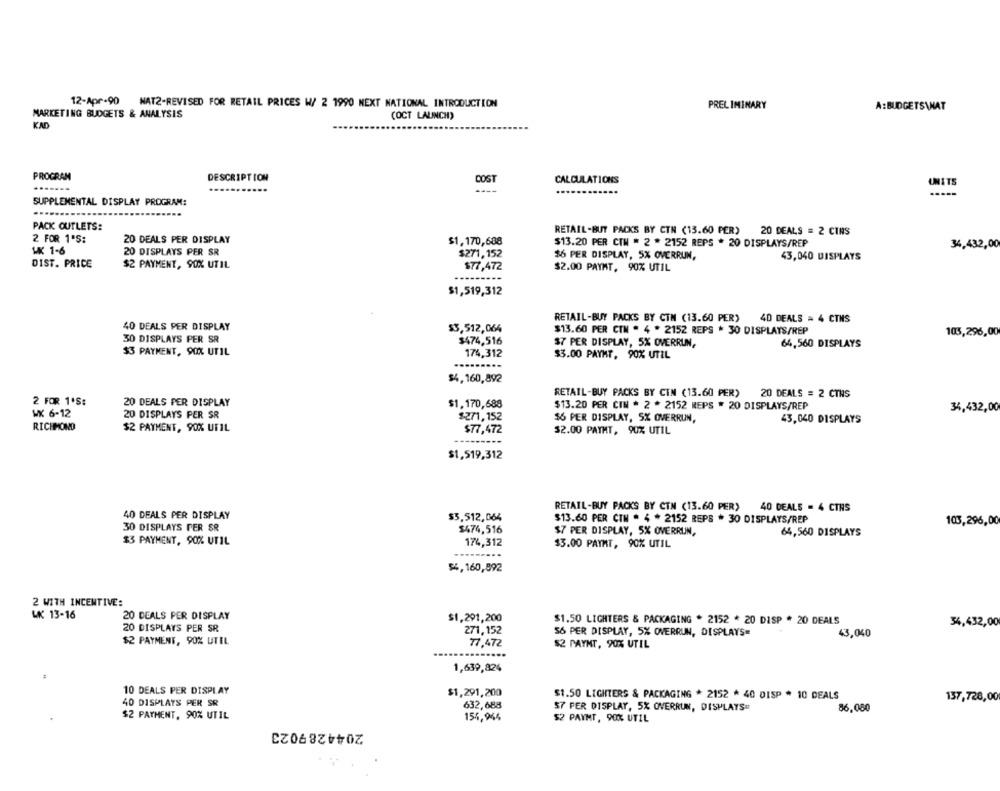
12-Apr-90 NAT2-REVISED FOR RETAIL PRICES W/ 2 1990 NEXT NATIONAL INTRODUCTION
PRELIMINARY
A:BUDGETS\NAT
MARKETING BUDGETS & ANALYSIS
(OCT LAUNCH)
KAD
PROGRAM
DESCRIPTION
COST
CALCULATIONS
UNITS
----
SUPPLEMENTAL DISPLAY PROGRAM:
PACK OUTLETS:
RETAIL-BUT PACKS BY CTN (13.60 PER) 20 DEALS = 2 CINS
2 FOR 1'S:
20 DEALS PER DISPLAY
$1,170,688
$13.20 PER CIN * 2 * 2152 REPS * 20 DISPLAYS/REP
34,432,00
WK 1-6
20 DISPLAYS PER SR
$271,152
$6 PER DISPLAY, 5% OVERRUN,
43,040 DISPLAYS
DIST. PRICE
$2 PAYMENT, 90% UTIL
$77,472
$2.00 PAYHT, 90% UTIL
$1,519,312
RETAIL-BUY PACKS BY CTN (13.60 PER)
40 DEALS = 4 CTMS
40 DEALS PER DISPLAY
$3,512,064
$13.60 PER CTN * 4 * 2152 REPS * 30 DISPLAYS/REP
103,296,00
30 DISPLAYS PER SR
$474,516
$7 PER DISPLAY, 5% OVERRUN,
64,560 DISPLAYS
$3 PAYMENT, 90% UTIL
174,312
$3.00 PAYHT, 90% UTIL
$4,160,892
RETAIL-BUY PACKS BY CIN (13.60 PER) 20 DEALS = 2 CTNS
2 FOR 1'S:
20 DEALS PER DISPLAY
$1,170,688
$13.20 PER CIN * 2 * 2152 REPS . 20 DISPLAYS/REP
34,432,00
WX 6-12
20 DISPLAYS PER SR
$271,152
$6 PER DISPLAY, SX OVERRUN,
43,040 DISPLAYS
RICHMOND
$2 PAYMENT, 90% UTIL
$77,472
$2.00 PAYHT, 90% UTIL
$1,519,312
RETAIL-BUY PACKS BY CTN (13.60 PER) 40 DEALS = 4 CTNS
40 DEALS PER DISPLAY
$5,512,064
$13.60 PER CIN * 4 * 2152 REPS * 30 DISPLAYS/REP
103,296,00
30 DISPLAYS PER SR
$474,516
$7 PER DISPLAY, 5% OVERRUN,
64,560 DISPLAYS
$3 PAYMENT, 90% UTIL
174,312
13.00 PAYMT, 90% UTIL
$4,160,892
2 WITH INCENTIVE:
WK 13-16
20 DEALS PER DISPLAY
$1,291,200
$1.50 LIGHTERS & PACKAGING * 2152 * 20 DISP * 20 DEALS
34,432,00
20 DISPLAYS PER SR
271, 152
56 PER DISPLAY, 5% OVERRUN, DISPLAYS=
43,040
$2 PAYMENT, 90% UTEL
77,472
$2 PAYMT, 90% UTIL
.....
1,639,824
10 DEALS PER DISPLAY
$1,291,200
$1.50 LIGHTERS & PACKAGING * 2152 * 40 DISP * 10 DEALS
40 DISPLAYS PER SR
632,688
137,728,00
57 PER DISPLAY, 5% OVERRUN, DISPLAYS
86,080
$2 PAYMENT, 90% UTIL
154,944
$2 PAYMT, 90% UTIL
2044289023